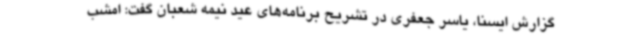
گزارش ایسنا، یاسر جعفری در تشریح برنامه‌های عید نیمه شعبان گفت: امشب